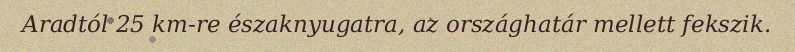
Aradtól 25 km-re északnyugatra, az országhatár mellett fekszik.